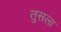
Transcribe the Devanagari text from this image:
तुसला